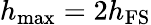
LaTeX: h_{\mathrm{max}}=2h_{\mathrm{FS}}